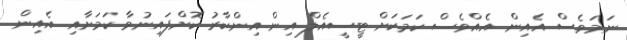
ނަމަވެސް އެއިން އެއްވެސް ކަމަކަށް ޓީސީއެލް އިން އިންކާރު ކޮށްފައިނުވާ ކަމަށާއި އެއިން